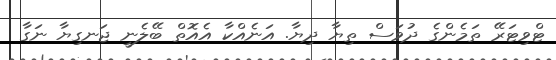
ޓްވިޓަރޭ ތަމެންގެ ދުވަސް ތިޔާ ދިޔާ. އަނެއްކާ އެއޮތް ބޭލެނީ ޖަނގިޔާ ނަގާ